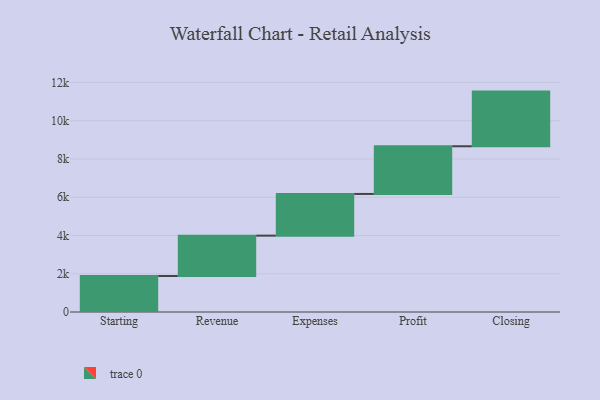
{"axis": {"x": "Step", "y": "Value"}, "legend": [""], "data": [{"x": "Starting", "y": 1883.0, "type": ""}, {"x": "Revenue", "y": 2109.0, "type": ""}, {"x": "Expenses", "y": 2180.0, "type": ""}, {"x": "Profit", "y": 2493.0, "type": ""}, {"x": "Closing", "y": 2858.0, "type": ""}]}